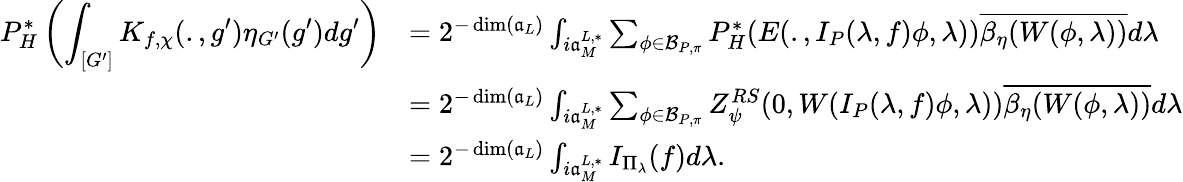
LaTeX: \begin{array}{rl}{\displaystyle P_{H}^{*}\left(\int_{[G^{\prime}]}K_{f,\chi}(.,g^{\prime})\eta_{G^{\prime}}(g^{\prime})dg^{\prime}\right)}&{=2^{-\dim(\mathfrak{a}_{L})}\int_{i\mathfrak{a}_{M}^{L,*}}\sum_{\phi\in\mathcal{B}_{P,\pi}}P_{H}^{*}(E(.,I_{P}(\lambda,f)\phi,\lambda))\overline{{\beta_{\eta}(W(\phi,\lambda))}}d\lambda}\\ &{=2^{-\dim(\mathfrak{a}_{L})}\int_{i\mathfrak{a}_{M}^{L,*}}\sum_{\phi\in\mathcal{B}_{P,\pi}}Z_{\psi}^{RS}(0,W(I_{P}(\lambda,f)\phi,\lambda))\overline{{\beta_{\eta}(W(\phi,\lambda))}}d\lambda}\\ &{=2^{-\dim(\mathfrak{a}_{L})}\int_{i\mathfrak{a}_{M}^{L,*}}I_{\Pi_{\lambda}}(f)d\lambda.}\end{array}